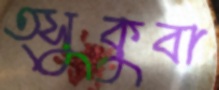
ত্সুকুবা